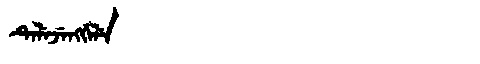
Manchu: ᡨᡝᠯᡝᠵᡝᠩᡤᡝᠯᡝ
Romanization: TELEJENGGELE